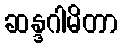
ဆန္ဒဂါမိတာ